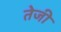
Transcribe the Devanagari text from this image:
तेेजी